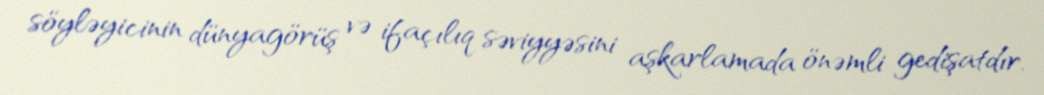
söyləyicinin dünyagörüş və ifaçılıq səviyyəsini aşkarlamada önəmli gedişatdır.